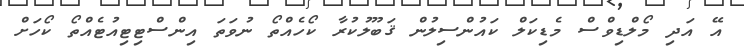
އޭ އަދި މޯލްޑިވްސް މެޑިކަލް ކައުންސިލުން ޤަބޫލުކުރާ ކޯހެއްތޯ ނުވަތަ އިންސްޓިޓިއުޓެއްތޯ ކޯހަށް